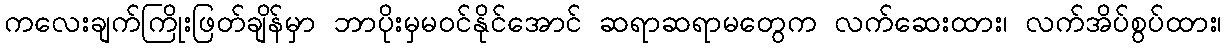
ကလေးချက်ကြိုးဖြတ်ချိန်မှာ ဘာပိုးမှမဝင်နိုင်အောင် ဆရာဆရာမတွေက လက်ဆေးထား၊ လက်အိပ်စွပ်ထား၊